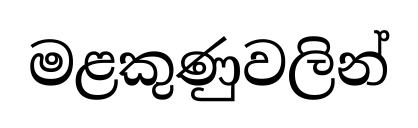
මළකුණුවලින්